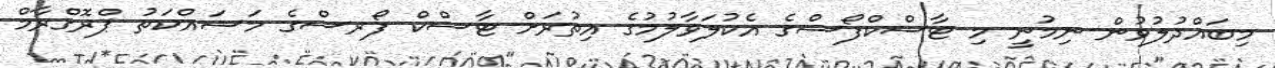
މިބައްދުލުވުން ނިމުނީ މި ޓާސްކްފޯސްގެ އެކުލަވާލުމުގެ އިތުރަށް ޓާސްކް ފޯރސްގެ މަސައްކަތު ޕްރޮގްރާމް